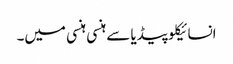
انسائیکلو پیڈیا سے	ہنسی ہنسی میں۔